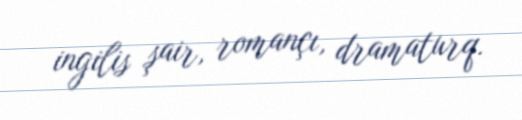
ingilis şair, romançı, dramaturq.